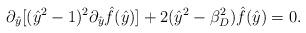
LaTeX: \begin{align*}\partial_{\hat{y}}[(\hat{y}^2 -1)^2\partial_{\hat{y}} \hat{f}(\hat{y})] +2(\hat{y}^2 - \beta_D^2) \hat{f}(\hat{y}) = 0.\end{align*}